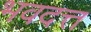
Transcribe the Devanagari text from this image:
भवदत्त